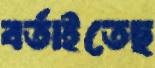
বর্তাইতেছ